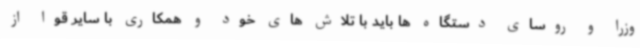
وزرا و روسای دستگاه ها باید با تلاش های خود و همکاری با سایر قوا از